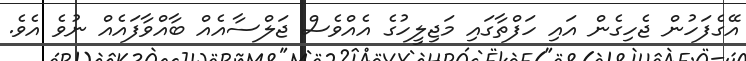
އޭގެފަހުން ޖެހިގެން އައި ހަފްތާގައި މަޖިލީހުގެ އެއްވެސް ޖަލްސާއެއް ބާއްވާފައެއް ނުވެ އެވެ.